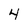
Character: 4